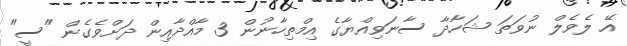
އޭ ލެވެލް ނުވަތަ ޝަހާދާ ސާނަވިއްޔާގެ އިމްތިހާނުން 3 މާއްދާއިން ދަށްވެގެން "ސީ"